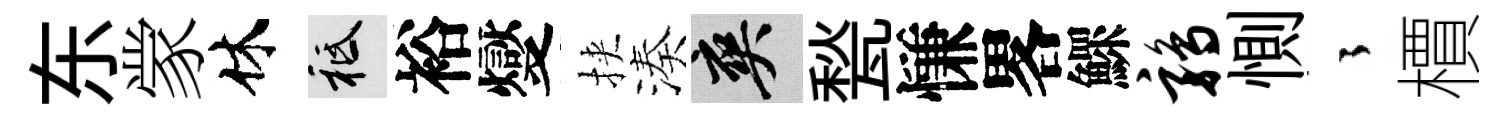
东䝉休祇裕燮挾湊爽甃慊畧鰥鹑惻徃檟